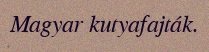
Magyar kutyafajták.